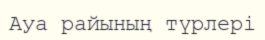
Ауа райының түрлері